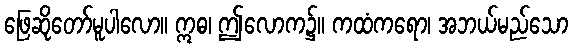
ဖြေဆိုတော်မူပါလော။ ဣဓ၊ ဤလောက၌။ ကထံကရော၊ အဘယ်မည်သော